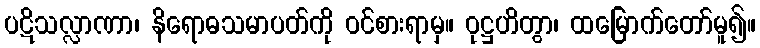
ပဋိသလ္လာဏာ၊ နိရောဓသမာပတ်ကို ဝင်စားရာမှ။ ဝုဋ္ဌဟိတွာ၊ ထမြောက်တော်မူ၍။